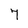
Character: 7